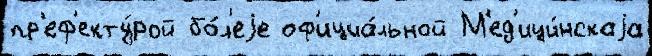
пр'еф'екту́рой бо́л'еjе оф'ициа́льной М'ед'ици́нскаjа